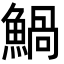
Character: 𩹢